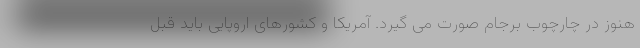
هنوز در چارچوب برجام صورت می گیرد. آمریکا و کشورهای اروپایی باید قبل